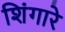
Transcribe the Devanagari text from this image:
शिंगारे